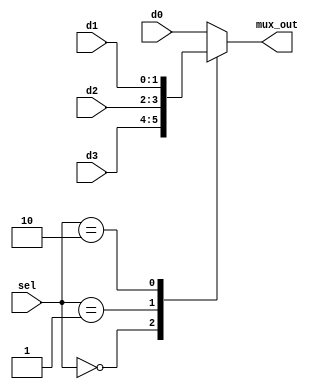
`timescale 1ns/1ns
module mux4_1(
  input  [1:0]d1,d2,d3,d0,
  input  [1:0]sel,
  output [1:0]mux_out
);

  reg [1:0] mux_out_reg;
  always @(*) begin
    case(sel)
      2'b00 : mux_out_reg = d3;
      2'b01 : mux_out_reg = d2;
      2'b10 : mux_out_reg = d1;
      default : mux_out_reg = d0;
    endcase
  end
  assign mux_out = mux_out_reg;
endmodule